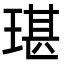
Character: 㻣